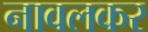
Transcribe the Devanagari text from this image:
नावलकर